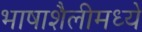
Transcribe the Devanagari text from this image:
भाषाशैलीमध्ये